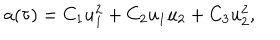
LaTeX: a ( \tau ) = C _ { 1 } u _ { 1 } ^ { 2 } + C _ { 2 } u _ { 1 } u _ { 2 } + C _ { 3 } u _ { 2 } ^ { 2 } ,